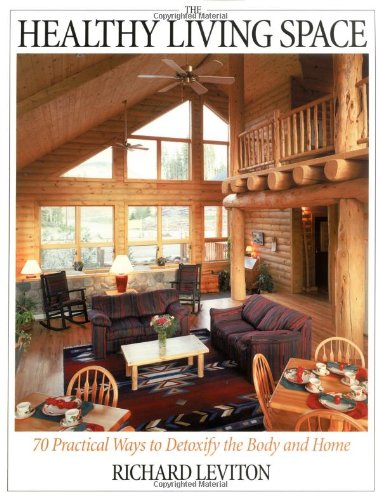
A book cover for The Healthy Living Space: 70 Practical Ways to Detoxify the Body and Home; Richard Leviton; Religion & Spirituality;